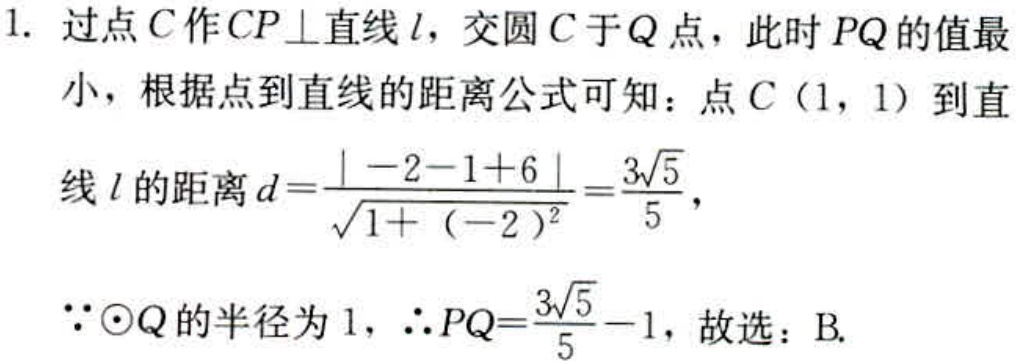
1. 过点\(C\)作\(CP\perp\)直线\(l\)，交圆\(C\)于\(Q\)点，此时\(PQ\)的值最小，根据点到直线的距离公式可知：点\(C(1,1)\)到直线\(l\)的距离\(d = \frac{\vert - 2 - 1 + 6\vert}{\sqrt{1 + (-2)^2}}=\frac{3\sqrt{5}}{5}\)，
\(\because\odot Q\)的半径为\(1\)，\(\therefore PQ=\frac{3\sqrt{5}}{5}-1\)，故选：B.